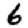
Digit: 6